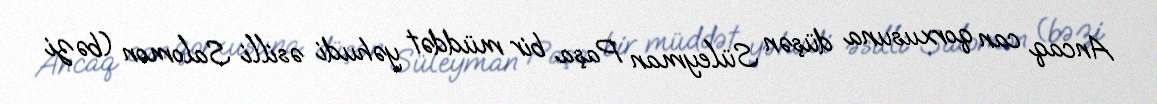
Ancaq can qorxusuna düşən Süleyman Paşa bir müddət yəhudi əsilli Salomon (bəzi